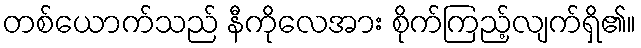
တစ်ယောက်သည် နီကိုလေအား စိုက်ကြည့်လျက်ရှိ၏။